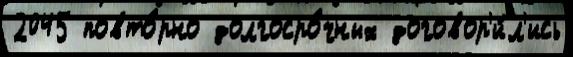
2045 повто́рно долгосро́чных договор'и́л'ись